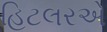
હિટલરએ